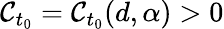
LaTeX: \mathcal{C}_{t_{0}}=\mathcal{C}_{t_{0}}(d,\alpha)>0